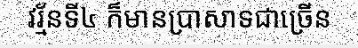
វរ្ម័នទី៤ ក៏មានប្រាសាទជាច្រើន